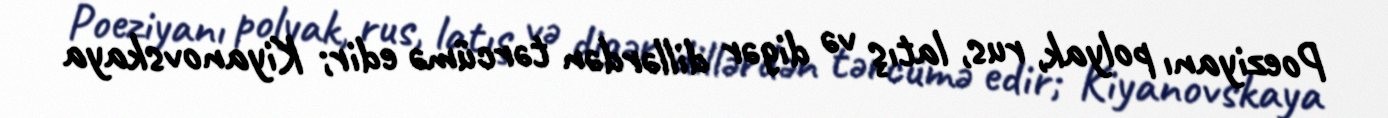
Poeziyanı polyak, rus, latış və digər dillərdən tərcümə edir; Kiyanovskaya